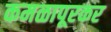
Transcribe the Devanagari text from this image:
कमळापूरकर